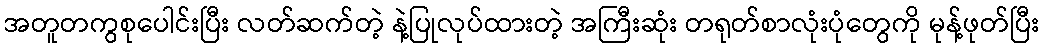
အတူတကွစုပေါင်းပြီး လတ်ဆက်တဲ့ နဲ့ပြုလုပ်ထားတဲ့ အကြီးဆုံး တရုတ်စာလုံးပုံတွေကို မုန့်ဖုတ်ပြီး